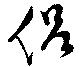
侶